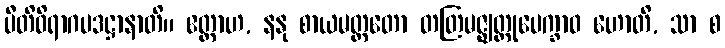
ပီတိဝိရာဂပဒဋ္ဌာနာတိ။ ဧတ္ထာဟ, နနု စာယမတ္ထတော တတြမဇ္ဈတ္တုပေက္ခာဝ ဟောတိ, သာ စ